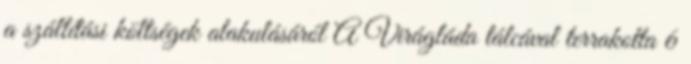
a szállítási költségek alakulásáról A Virágláda tálcával terrakotta 6